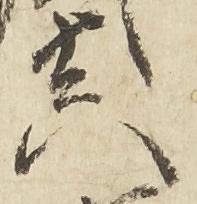
真